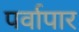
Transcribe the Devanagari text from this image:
पर्वापार